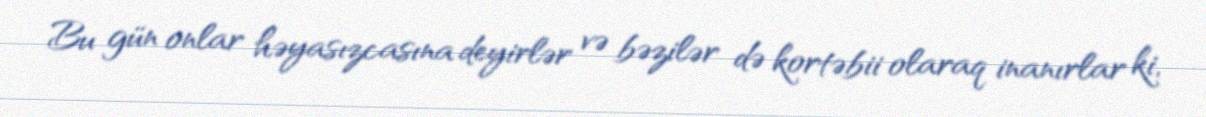
Bu gün onlar həyasızcasına deyirlər və bəzilər də kortəbii olaraq inanırlar ki,